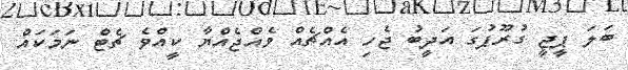
ބަލަ ޕީޖީ ގުރޫޕުގަ އަދީބު ޖެހި އެއްޗެއް ވެއްޖެއްޔާ ކީއްވެ ޗެޓް ނަމަކައް